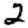
Digit: 2